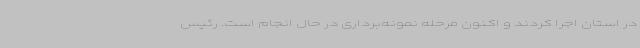
در استان اجرا کردند و اکنون مرحله نمونه‌برداری در حال انجام است. رئیس